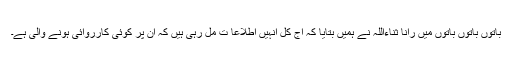
باتوں باتوں باتوں میں رانا ثناءاللہ نے ہمیں بتایا کہ آج کل انہیں اطلاعا ت مل رہی ہیں کہ ان پر کوئی کارروائی ہونے والی ہے۔